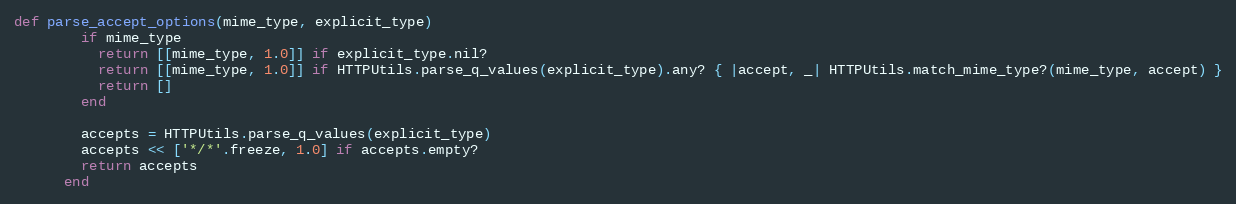
Language: Ruby
def parse_accept_options(mime_type, explicit_type)
        if mime_type
          return [[mime_type, 1.0]] if explicit_type.nil?
          return [[mime_type, 1.0]] if HTTPUtils.parse_q_values(explicit_type).any? { |accept, _| HTTPUtils.match_mime_type?(mime_type, accept) }
          return []
        end

        accepts = HTTPUtils.parse_q_values(explicit_type)
        accepts << ['*/*'.freeze, 1.0] if accepts.empty?
        return accepts
      end